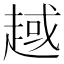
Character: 𧼑